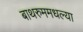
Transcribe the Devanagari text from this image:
बाथरुममधल्‍या